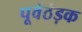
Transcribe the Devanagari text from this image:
पूर्वठंड़क